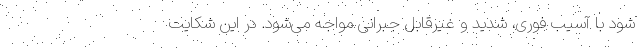
شود با آسیب فوری، شدید و غیرقابل جبرانی مواجه می‌شود. در این شکایت